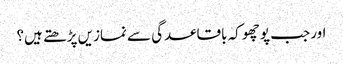
اور جب پوچھو کہ باقاعدگی سے نمازیں پڑھتے ہیں؟